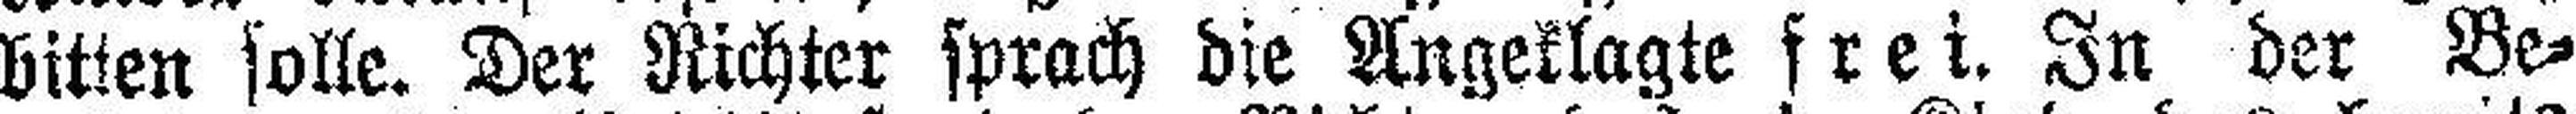
bitten solle. Der Richter sprach die Angeklagte frei. In der Be¬